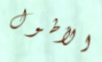
الأطول